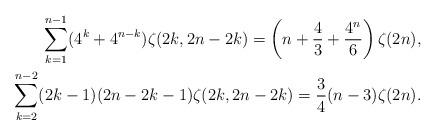
LaTeX: \begin{align*} \sum_{k=1}^{n-1} (4^k+4^{n-k}) \zeta(2k,2n-2k)=\left(n+\frac43+\frac{4^n}6\right)\zeta(2n),\\ \sum_{k=2}^{n-2} (2k-1)(2n-2k-1) \zeta(2k,2n-2k)=\frac34 (n-3)\zeta(2n).\end{align*}